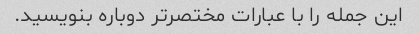
این جمله را با عبارات مختصرتر دوباره بنویسید.